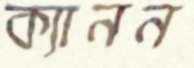
ক্যানন